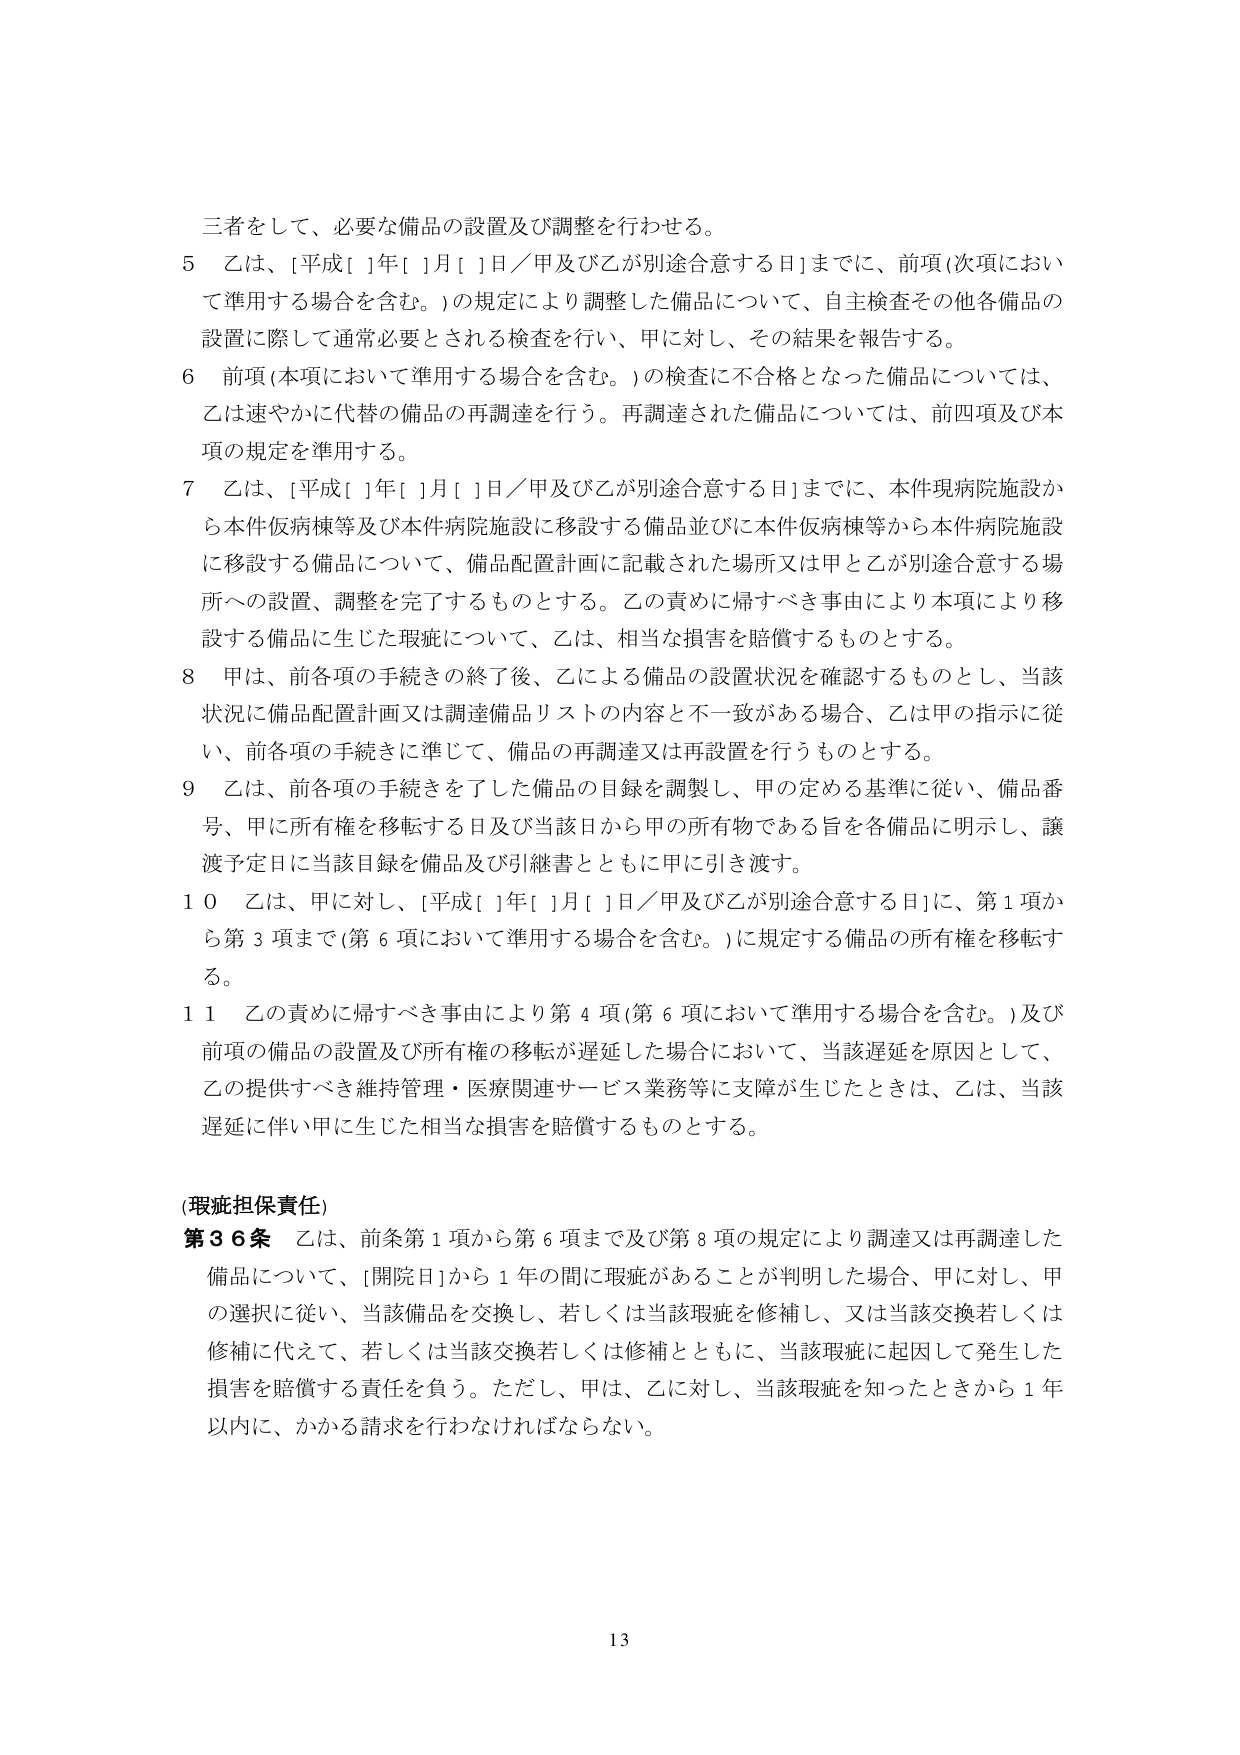
三者をして、必要な備品の設置及び調整を行わせる。

５ 乙は、[平成[ ]年[ ]月[ ]日／甲及び乙が別途合意する日]までに、前項（次項において準用する場合を含む。）の規定により調整した備品について、自主検査その他各備品の設置に際して通常必要とされる検査を行い、甲に対し、その結果を報告する。

６ 前項（本項において準用する場合を含む。）の検査に不合格となった備品については、乙は速やかに代替の備品の再調達を行う。再調達された備品については、前四項及び本項の規定を準用する。

７ 乙は、[平成[ ]年[ ]月[ ]日／甲及び乙が別途合意する日]までに、本件現病院施設から本件仮病棟等及び本件病院施設に移設する備品並びに本件仮病棟等から本件病院施設に移設する備品について、備品配置計画に記載された場所又は甲と乙が別途合意する場所への設置、調整を完了するものとする。乙の責めに帰すべき事由により本項により移設する備品に生じた瑕疵について、乙は、相当な損害を賠償するものとする。

８ 甲は、前各項の手続きの終了後、乙による備品の設置状況を確認するものとし、当該状況に備品配置計画又は調達備品リストの内容と不一致がある場合、乙は甲の指示に従い、前各項の手続きに準じて、備品の再調達又は再設置を行うものとする。

９ 乙は、前各項の手続きを了した備品の目録を調製し、甲の定める基準に従い、備品番号、甲に所有権を移転する日及び当該日から甲の所有物である旨を各備品に明示し、譲渡予定日に当該目録を備品及び引継書とともに甲に引き渡す。

１０ 乙は、甲に対し、[平成[ ]年[ ]月[ ]日／甲及び乙が別途合意する日]に、第１項から第３項まで（第６項において準用する場合を含む。）に規定する備品の所有権を移転する。

１１ 乙の責めに帰すべき事由により第４項（第６項において準用する場合を含む。）及び前項の備品の設置及び所有権の移転が遅延した場合において、当該遅延を原因として、乙の提供すべき維持管理・医療関連サービス業務等に支障が生じたときは、乙は、当該遅延に伴い甲に生じた相当な損害を賠償するものとする。

（瑕疵担保責任）

第３６条 乙は、前条第１項から第６項まで及び第８項の規定により調達又は再調達した備品について、[開院日]から１年の間に瑕疵があることが判明した場合、甲に対し、甲の選択に従い、当該備品を交換し、若しくは当該瑕疵を修補し、又は当該交換若しくは修補に代えて、若しくは当該交換若しくは修補とともに、当該瑕疵に起因して発生した損害を賠償する責任を負う。ただし、甲は、乙に対し、当該瑕疵を知ったときから１年以内に、かかる請求を行わなければならない。

13